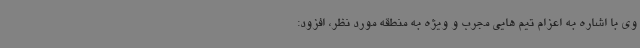
وی با اشاره به اعزام تیم هایی مجرب و ویژه به منطقه مورد نظر، افزود: